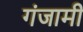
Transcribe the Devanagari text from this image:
गंजामी